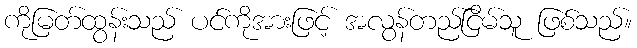
ကိုမြတ်ထွန်းသည် ပင်ကိုအားဖြင့် အလွန်တည်ငြိမ်သူ ဖြစ်သည်။